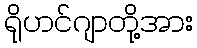
ရိုဟင်ဂျာတို့အား